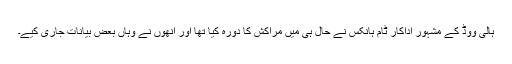
ہالی ووڈ کے مشہور اداکار ٹام ہانکس نے حال ہی میں مراکش کا دورہ کیا تھا اور انھوں نے وہاں بعض بیانات جاری کیے۔